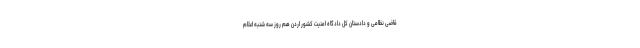
قاضی نظامی و دادستان کل دادگاه امنیت کشور اردن هم روز سه شنبه اعلام